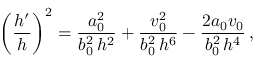
\left( \frac { h ^ { \prime } } { h } \right) ^ { 2 } = \frac { a _ { 0 } ^ { 2 } } { b _ { 0 } ^ { 2 } \, h ^ { 2 } } + \frac { v _ { 0 } ^ { 2 } } { b _ { 0 } ^ { 2 } \, h ^ { 6 } } - \frac { 2 a _ { 0 } v _ { 0 } } { b _ { 0 } ^ { 2 } \, h ^ { 4 } } \, ,